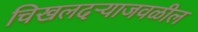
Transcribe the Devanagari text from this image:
चिखलदऱ्याजवळील